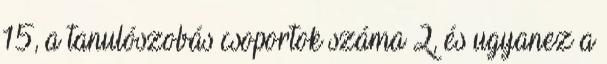
15, a tanulószobás csoportok száma 2, és ugyanez a